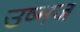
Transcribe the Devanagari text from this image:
उष्मज